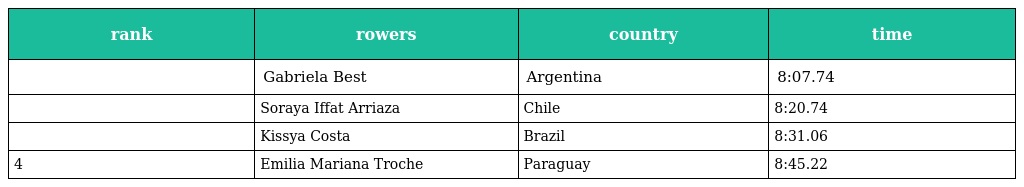
| rank | rowers | country | time |
 | --- | --- | --- | --- |
 |  | Gabriela Best | Argentina | 8:07.74 |
 |  | Soraya Iffat Arriaza | Chile | 8:20.74 |
 |  | Kissya Costa | Brazil | 8:31.06 |
 | 4 | Emilia Mariana Troche | Paraguay | 8:45.22 |